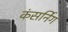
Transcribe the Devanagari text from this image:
कंसर्निग